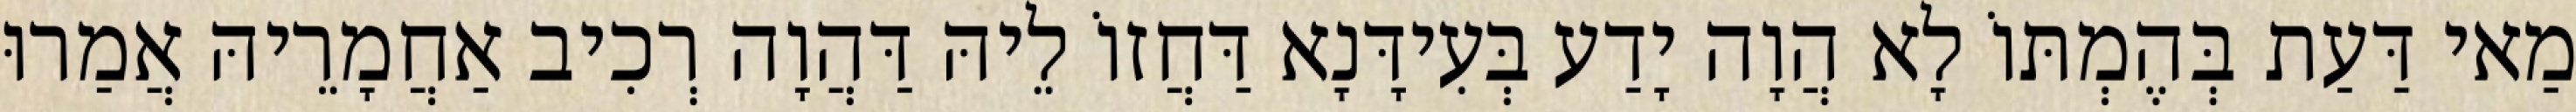
מַאי דַּעַת בְּהֶמְתּוֹ לָא הֲוָה יָדַע בְּעִידָּנָא דַּחֲזוֹ לֵיהּ דַּהֲוָה רְכִיב אַחֲמָרֵיהּ אֲמַרוּ